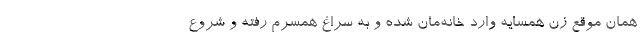
همان موقع زن همسایه وارد خانه‌مان شده و به سراغ همسرم رفته و شروع